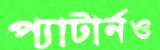
প্যাটার্নও